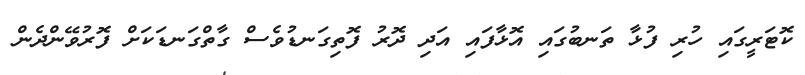
ކޮޓަރީގައި ހުރި ފުޅާ ތަނބުގައި އޮޅާފައި އަދި ދޮރު ފޮތިގަނޑުވެސް ގާތްގަނޑަކަށް ފޮރުވޭންދެން